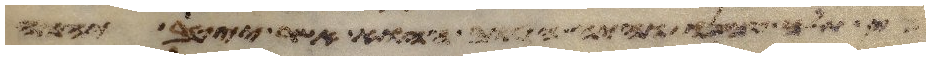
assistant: כי תלך עמנו והיה הטוב ההוא אשר ייטב יהוה